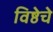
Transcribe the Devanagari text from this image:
विष्ठेचे